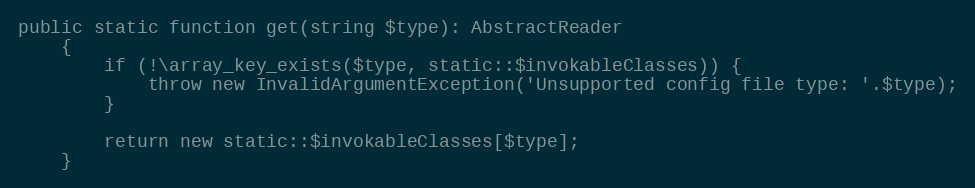
Language: PHP
public static function get(string $type): AbstractReader
    {
        if (!\array_key_exists($type, static::$invokableClasses)) {
            throw new InvalidArgumentException('Unsupported config file type: '.$type);
        }

        return new static::$invokableClasses[$type];
    }